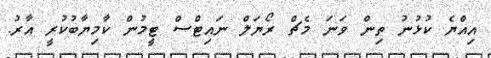
އިއްޔެ ކުޅުނު ތިން ވަނަ މެޗް ރޯޔަލް ނައިޓްސް ޓީމުން ކާމިޔާބުކުރީ އާރު.